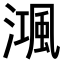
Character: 𣽝